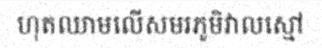
ហុតឈាមលើសមរភូមិវាលស្មៅ